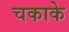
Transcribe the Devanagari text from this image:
चकाके